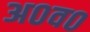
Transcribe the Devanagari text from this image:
अ०व०